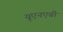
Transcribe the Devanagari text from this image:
यूएनएबी